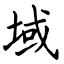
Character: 域